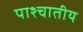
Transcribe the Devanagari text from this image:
पाश्चातीय